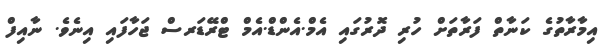
އިމާރާތުގެ ކަނާތް ފަރާތަށް ހުރި ދޮރުގައި އެމް.އެންޑް.އެމް ޓްރޭޑަރސް ޖަހާފައި އިނެވެ. ނާއިފް